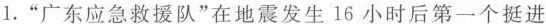
1.”广东应急救援队”在地震发生16小时后第一个挺进